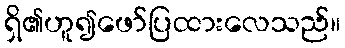
ရှိ၏ဟူ၍ဖော်ပြထားလေသည်။